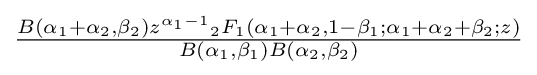
{\tfrac {B(\alpha _{1}+\alpha _{2},\beta _{2})z^{\alpha _{1}-1}{}_{2}F_{1}(\alpha _{1}+\alpha _{2},1-\beta _{1};\alpha _{1}+\alpha _{2}+\beta _{2};z)}{B(\alpha _{1},\beta _{1})B(\alpha _{2},\beta _{2})}}